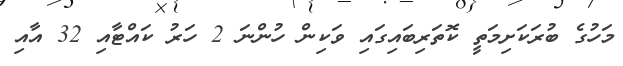
މަހުގެ ބުރަކަށިމަތީ ކޮތަރިބައިގައި ވަކިން ހުންނަ 2 ހަރު ކައްޓާއި 32 އާއި